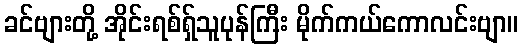
ခင်ဗျားတို့ အိုင်းရစ်ရှ်သူပုန်ကြီး မိုက်ကယ်ကောလင်းဗျာ။